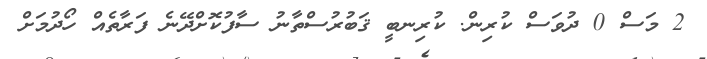
2 މަސް 0 ދުވަސް ކުރިން. ކުރިނބީ ޤަބުރުސްތާނު ސާފުކޮށްދޭނެ ފަރާތެއް ހޯދުމަށް